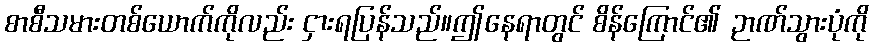
စာစီသမားတစ်ယောက်ကိုလည်း ငှားရပြန်သည်။ဤနေရာတွင် စိန်ကြောင်၏ ဉာဏ်သွားပုံကို